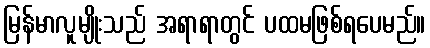
မြန်မာလူမျိုးသည် အရာရာတွင် ပထမဖြစ်ရပေမည်။